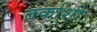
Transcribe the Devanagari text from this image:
तर्काशी